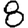
Digit: 8